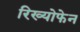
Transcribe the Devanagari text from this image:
रिख्योफेन